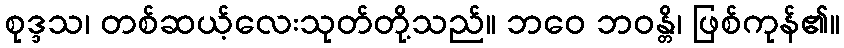
စုဒ္ဒသ၊ တစ်ဆယ့်လေးသုတ်တို့သည်။ ဘဝေ ဘဝန္တိ၊ ဖြစ်ကုန်၏။